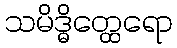
သမိဒ္ဓိတ္ထေရော